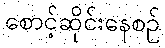
စောင့်ဆိုင်းနေစဉ်